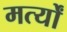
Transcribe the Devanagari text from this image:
मर्त्यों